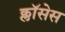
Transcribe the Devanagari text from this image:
क्लाॅसेस